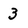
Character: 3